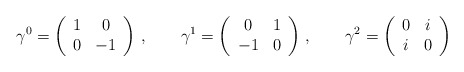
\begin{align*}\gamma^0=\left( \begin{array}{cc}1&0\\0&-1 \end{array}\right)\,,\qquad\gamma^1=\left( \begin{array}{cc}0&1\\-1&0 \end{array}\right)\,,\qquad\gamma^2=\left( \begin{array}{cc}0&i\\i&0 \end{array}\right) \end{align*}